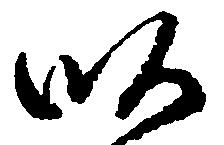
畝